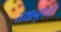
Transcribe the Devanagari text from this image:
तथानृप॥